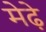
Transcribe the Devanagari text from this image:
मेढे़